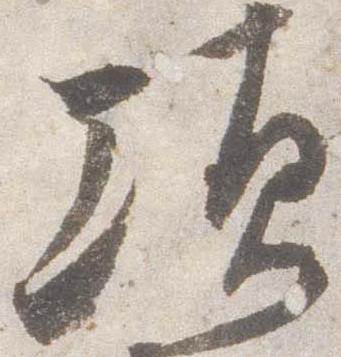
頃